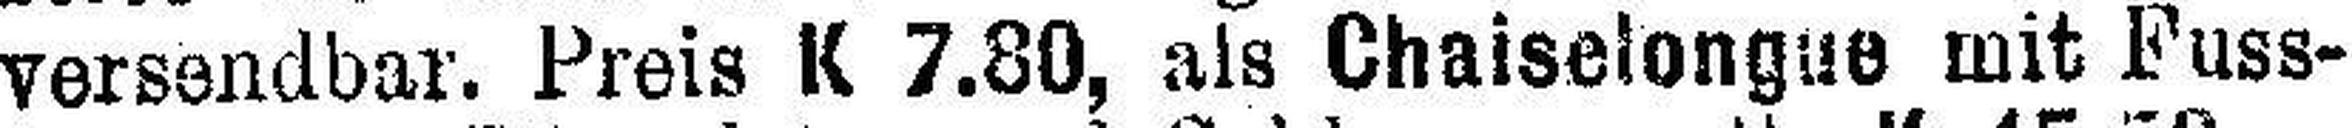
versandbar. Preis K 7.80, als Chaiselongue mit Fuss¬